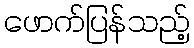
ဖောက်ပြန်သည့်